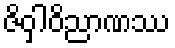
ဇိဝှါဝိညာဏဿ